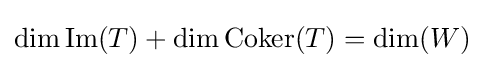
\dim \operatorname {Im} (T)+\dim \operatorname {Coker} (T)=\dim(W)